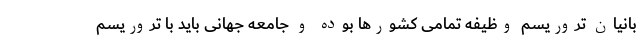
بانیان تروریسم وظیفه تمامی کشورها بوده و جامعه جهانی باید با تروریسم